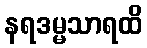
နရဒမ္မသာရထိ